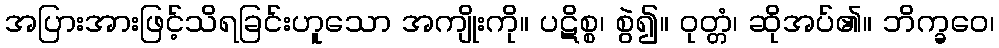
အပြားအားဖြင့်သိရခြင်းဟူသော အကျိုးကို။ ပဋိစ္စ၊ စွဲ၍။ ဝုတ္တံ၊ ဆိုအပ်၏။ ဘိက္ခဝေ၊